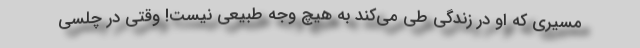
مسیری که او در زندگی طی می‌کند به هیچ وجه طبیعی نیست! وقتی در چلسی